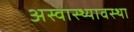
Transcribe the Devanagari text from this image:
अस्वास्थ्यावस्था